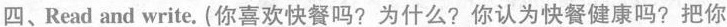
四、Read and write. (你喜欢快餐吗? 为什么? 你认为快餐健康吗? 把你